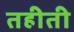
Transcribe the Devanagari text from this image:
तहीती